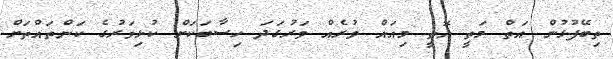
ތިބޭފުޅުން އަތް މަތީ އޮތީ މިއައް ވުރެއް ވަރުގަދަ ހިސާބަކަށް ކުޅިވަރުގެ ކަންތައްތަށް